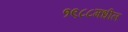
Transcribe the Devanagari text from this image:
१९८८मधील